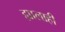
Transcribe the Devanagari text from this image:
ह्यालाही